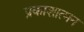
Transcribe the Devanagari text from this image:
प्रकाशात्मन